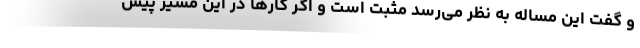
و گفت این مساله به نظر می‌رسد مثبت است و اگر کارها در این مسیر پیش